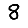
Digit: 8